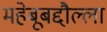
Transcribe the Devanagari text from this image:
महेबूबद्दौल्ला